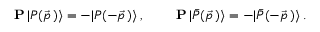
\mathrm { \bf ~ P } \, | P ( \vec { p } \, ) \rangle = - | P ( - \vec { p } \, ) \rangle \, , \qquad \mathrm { \bf ~ P } \, | \bar { P } ( \vec { p } \, ) \rangle = - | \bar { P } ( - \vec { p } \, ) \rangle \, .